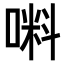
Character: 𠺫